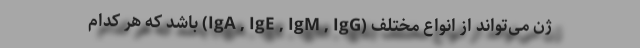
ژن می‌تواند از انواع مختلف (IgA , IgE , IgM , IgG) باشد که هر کدام